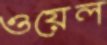
ওয়েল